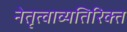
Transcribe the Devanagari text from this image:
नेतृत्वाव्यतिरिक्त